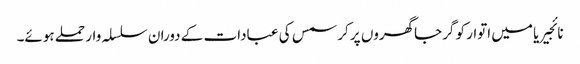
نائجیریا میں اتوار کو گرجاگھروں پر کرسمس کی عبادات کے دوران سلسلہ وار حملے ہوئے۔